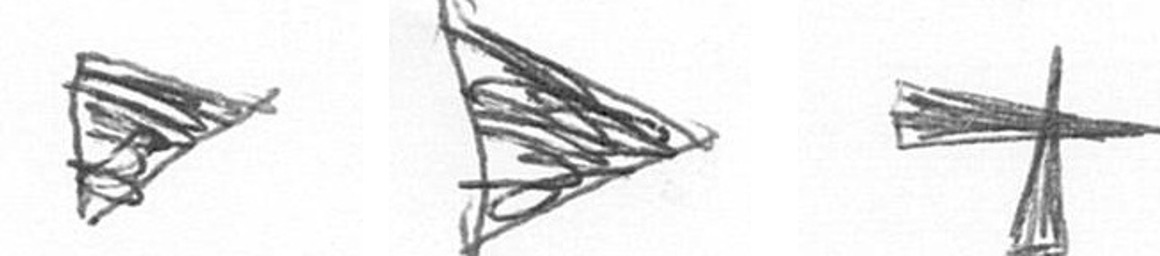
T T G